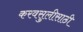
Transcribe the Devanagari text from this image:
करवसुलीसाठी